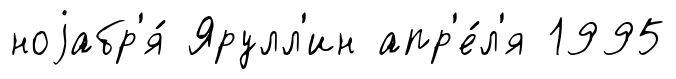
ноjабр'я́ Ярулл'ин апр'е́л'я 1995